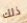
ذلك